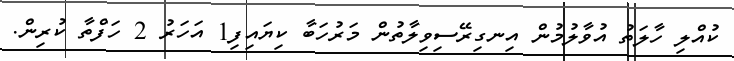
ކުއްލި ހާލަތު އުވާލުމުން އިނގިރޭސިވިލާތުން މަރުހަބާ ކިޔައިފި1 އަހަރު 2 ހަފްތާ ކުރިން.